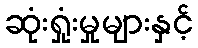
ဆုံးရှုံးမှုများနှင့်